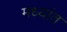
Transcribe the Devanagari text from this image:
मध्यांत